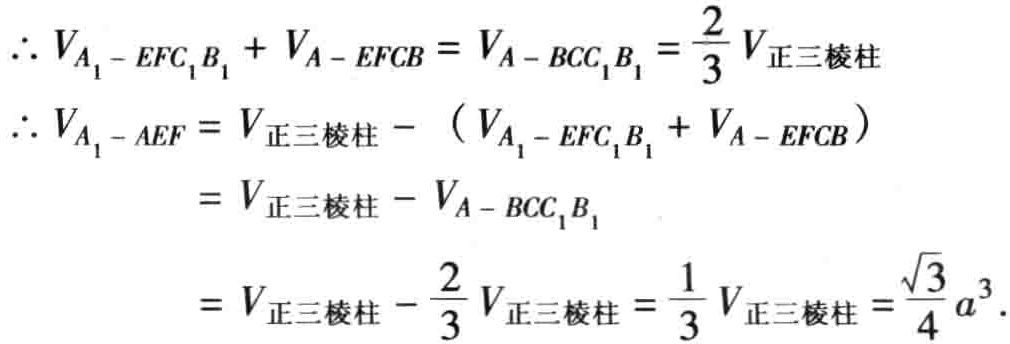
\[

\begin{align*}

\therefore V_{A_1 - EFC_1B_1}+V_{A - EFCB}&=V_{A - BCC_1B_1}=\frac{2}{3}V_{正三棱柱}\\

\therefore V_{A_1 - AEF}&=V_{正三棱柱}-(V_{A_1 - EFC_1B_1}+V_{A - EFCB})\\

&=V_{正三棱柱}-V_{A - BCC_1B_1}\\

&=V_{正三棱柱}-\frac{2}{3}V_{正三棱柱}=\frac{1}{3}V_{正三棱柱}=\frac{\sqrt{3}}{4}a^{3}.

\end{align*}

\]